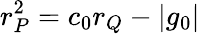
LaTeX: r_{P}^{2}=c_{0}r_{Q}-|g_{0}|